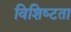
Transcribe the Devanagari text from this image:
विशिष्‍टता